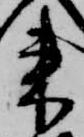
来